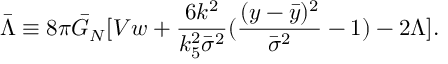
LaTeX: \bar { \Lambda } \equiv 8 \pi \bar { G } _ { N } [ V w + \frac { 6 k ^ { 2 } } { k _ { 5 } ^ { 2 } \bar { \sigma } ^ { 2 } } ( \frac { ( y - \bar { y } ) ^ { 2 } } { \bar { \sigma } ^ { 2 } } - 1 ) - 2 \Lambda ] .